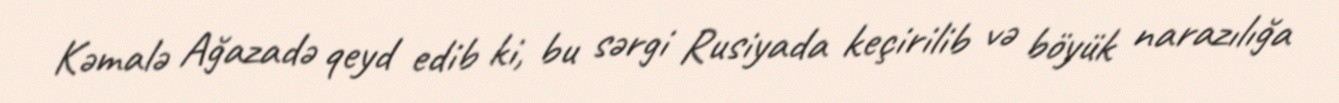
Kəmalə Ağazadə qeyd edib ki, bu sərgi Rusiyada keçirilib və böyük narazılığa